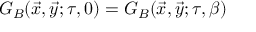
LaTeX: G _ { B } ( \vec { x } , \vec { y } ; \tau , 0 ) = G _ { B } ( \vec { x } , \vec { y } ; \tau , \beta )